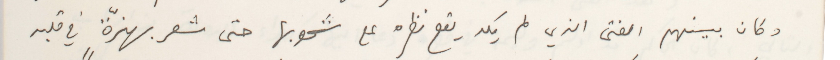
وكان بينهم الفتى الذي لم يكد يقع نظره على شحوبها حتى شعر بهزّةٍ في قلبه